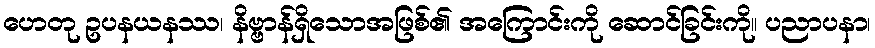
ဟေတု ဥပနယနဿ၊ နိဗ္ဗာန်ရှိသောအဖြစ်၏ အကြောင်းကို ဆောင်ခြင်းကို။ ပညာပနာ၊